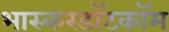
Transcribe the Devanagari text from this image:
भास्करडॉटकॉम